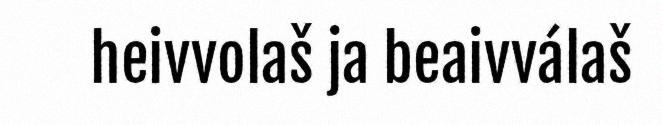
heivvolaš ja beaivválaš